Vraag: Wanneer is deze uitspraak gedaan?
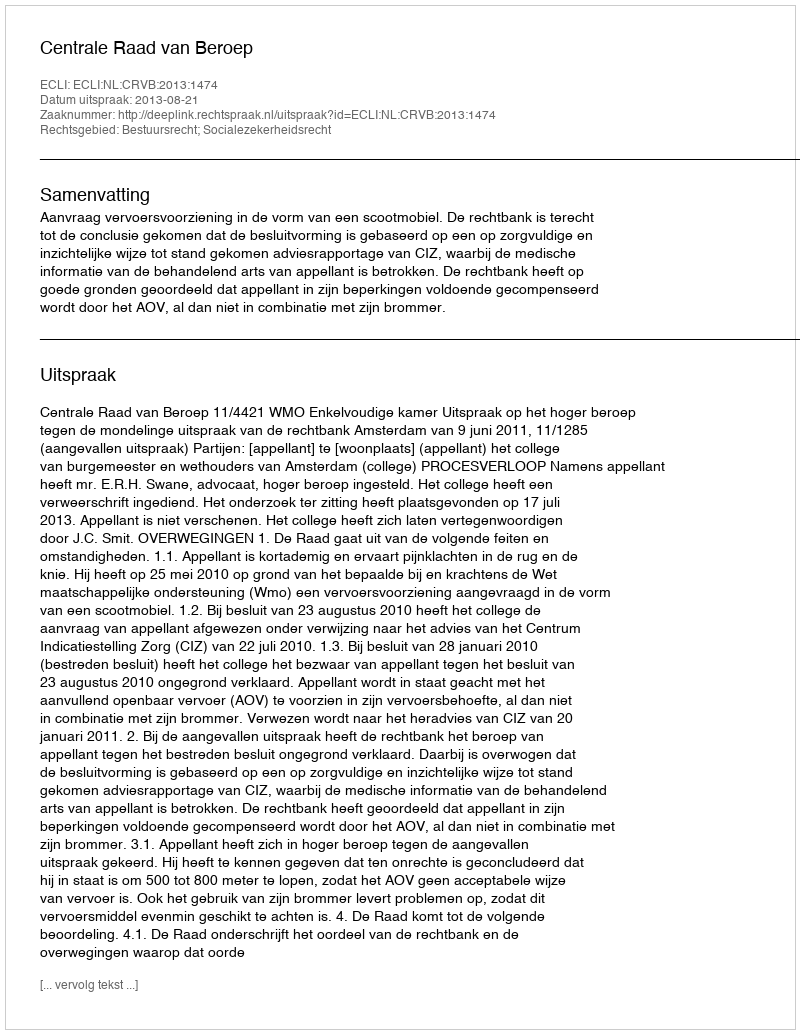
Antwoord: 2013-08-21